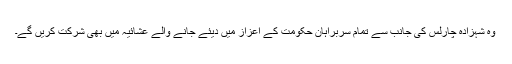
وہ شہزادہ چارلس کی جانب سے تمام سربراہان حکومت کے اعزاز میں دیئے جانے والے عشائیہ میں بھی شرکت کریں گے۔